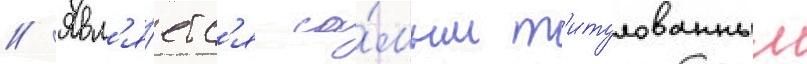
// Явл'я́етс'я са́мым т'итулованным